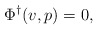
\begin{align*}\Phi^\dagger(v,p) = 0,\end{align*}